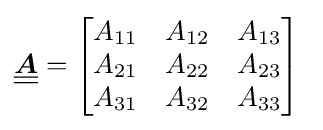
{\underline {\underline {\boldsymbol {A}}}}={\begin{bmatrix}A_{11}&A_{12}&A_{13}\\A_{21}&A_{22}&A_{23}\\A_{31}&A_{32}&A_{33}\end{bmatrix}}~